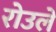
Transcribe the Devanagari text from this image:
रोउले